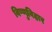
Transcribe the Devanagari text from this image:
विष्णुविहार